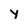
Character: y